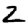
Digit: 2